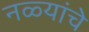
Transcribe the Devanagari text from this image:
नळ्यांचे